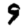
Digit: 9